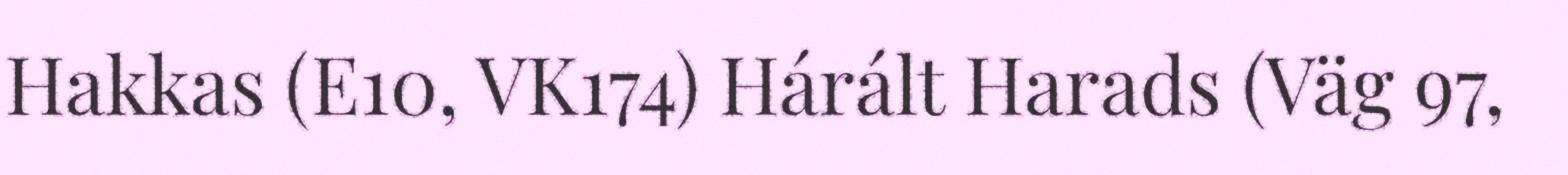
Hakkas (E10, VK174) Hárált Harads (Väg 97,